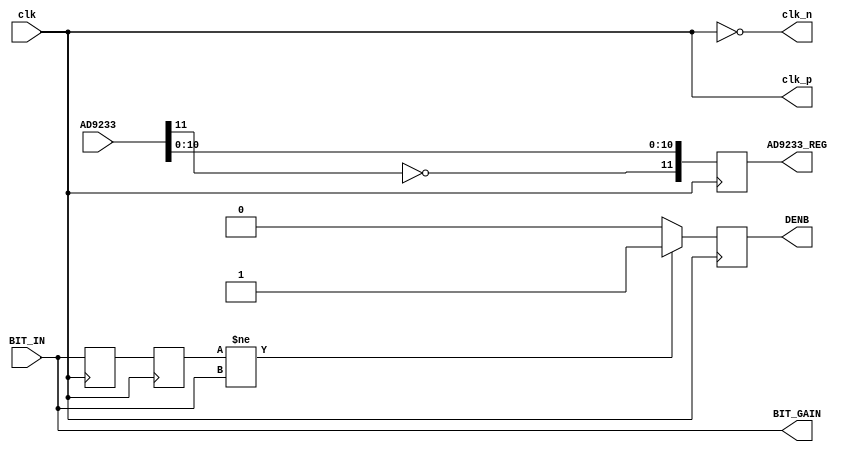
module AD9233_control (
	input clk,
	input [11:0] AD9233,
	input [3:0] BIT_IN,
	output reg [11:0] AD9233_REG,
	output clk_p, clk_n,
	output [3:0] BIT_GAIN,
	output reg DENB
);
	
	always @(posedge clk)
		AD9233_REG <= {~AD9233[11],AD9233[10:0]};
	assign clk_p =  clk;
	assign clk_n = ~clk;
	
	assign BIT_GAIN = BIT_IN;
	
	reg [3:0] bit_buf1,bit_buf2;
	always @(posedge clk) begin
		bit_buf1 <= BIT_IN;
		bit_buf2 <= bit_buf1;
	end
	always @(posedge clk)
		if (bit_buf2!=BIT_IN)
			DENB <= 1'd1;
		else
			DENB <= 1'd0;

endmodule